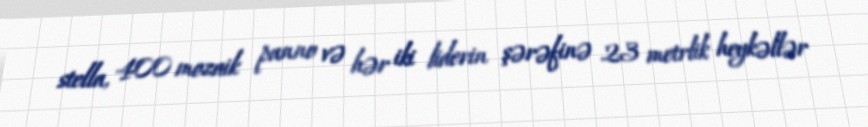
stella, 400 mozaik panno və hər iki liderin şərəfinə 23 metrlik heykəllər